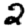
Digit: 2